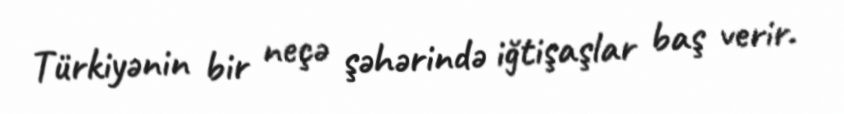
Türkiyənin bir neçə şəhərində iğtişaşlar baş verir.